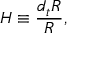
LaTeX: H \equiv { \frac { d _ { t } R } { R } } ,